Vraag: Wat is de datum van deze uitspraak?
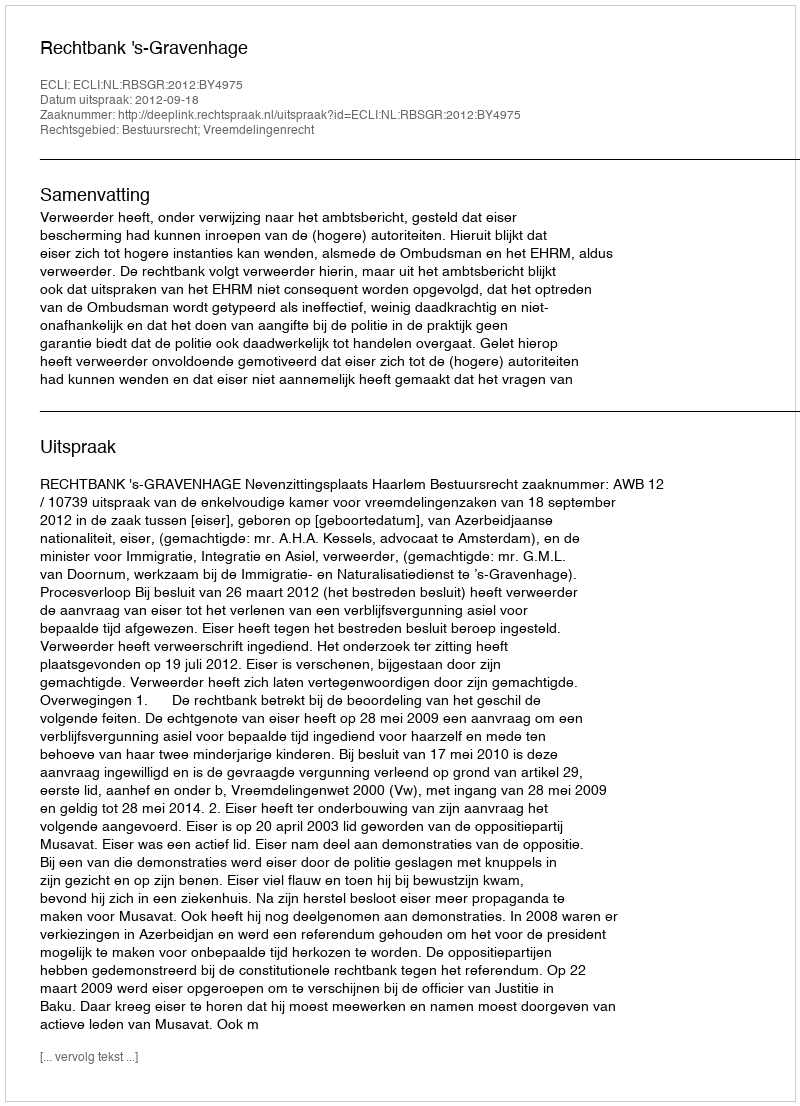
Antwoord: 2012-09-18